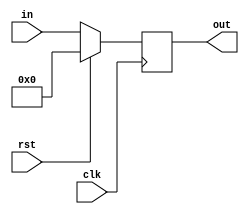
//This is a 8-bit register module.

module eight_bit_register_behavioral_module(in, clk, rst, out);

	input [7:0] in;
	input clk; //clock
	input rst; //reset
	
	output [7:0] out;
	reg [7:0] out;	
	
	always@(posedge clk)
	begin
		if(rst == 1'b1)
			out <= 8'd0; //Take a look at it. I used the "decimal" format here.
		else
		begin
			out <= in;
		end
	end



endmodule